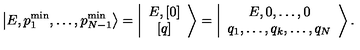
\left\vert E , p _ { 1 } ^ { \mathrm { m i n } } , \ldots , p _ { N - 1 } ^ { \mathrm { m i n } } \right> = \left\vert \begin{array} { c } { E , \left[ 0 \right] } \\ { \left[ q \right] } \\ \end{array} \right> = \left\vert \begin{array} { c } { E , 0 , \ldots , 0 } \\ { q _ { 1 } , \ldots , q _ { k } , \ldots , q _ { N } } \\ \end{array} \right> .